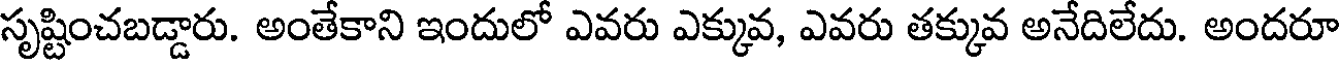
సృష్టించబడ్డారు. అంతేకాని ఇందులో ఎవరు ఎక్కువ, ఎవరు తక్కువ అనేదిలేదు. అందరూ